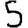
Digit: 5